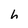
Character: h